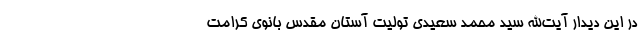
در این دیدار آیت‌الله سید محمد سعیدی تولیت آستان مقدس بانوی کرامت